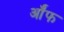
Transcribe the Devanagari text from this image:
र्ऑफ